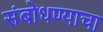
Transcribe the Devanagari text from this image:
संबोधण्याचा